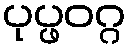
ပုပ္ဖဝဂ္ဂ